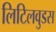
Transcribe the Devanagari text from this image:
लिटिलवुडस